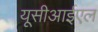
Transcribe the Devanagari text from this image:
यूसीआईएल